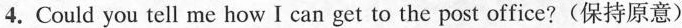
4.Could you tell me how I can get to the post office?(保持原意)